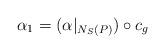
LaTeX: \begin{align*}\alpha_1 = (\alpha|_{N_S(P)}) \circ c_g\end{align*}